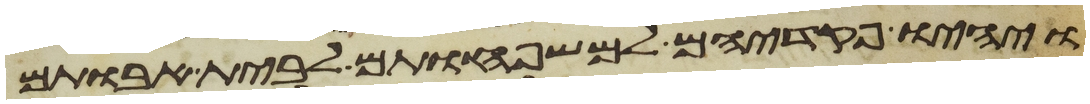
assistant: ויהיו פקדיהם למשפחותם לבית אבותם